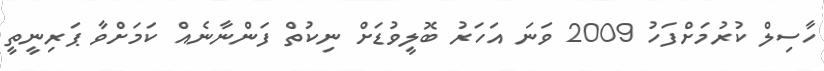
ހާސިލް ކުރުމަށްފަހު 2009 ވަނަ އަހަރު ބޮލީވުޑަށް ނިކުތް ފަންނާނެއް ކަމަށްވާ ޕަރިނީތީ